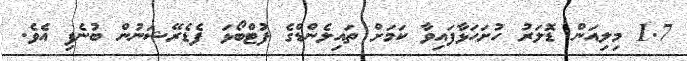
1.7 މިލިއަން ޑޮލަރު ހުށަހަޅާފައިވާ ކަމަށް ތައިލެންޑްގެ ފުޓްބޯޅަ ފެޑެރޭޝަނުން ބުނެފި އެވެ.